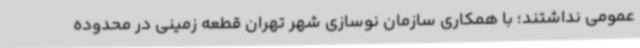
عمومی نداشتند؛ با همکاری سازمان نوسازی شهر تهران قطعه زمینی در محدوده